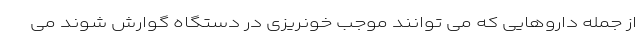
از جمله داروهایی که می توانند موجب خونریزی در دستگاه گوارش شوند می